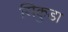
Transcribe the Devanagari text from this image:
सिकुडा